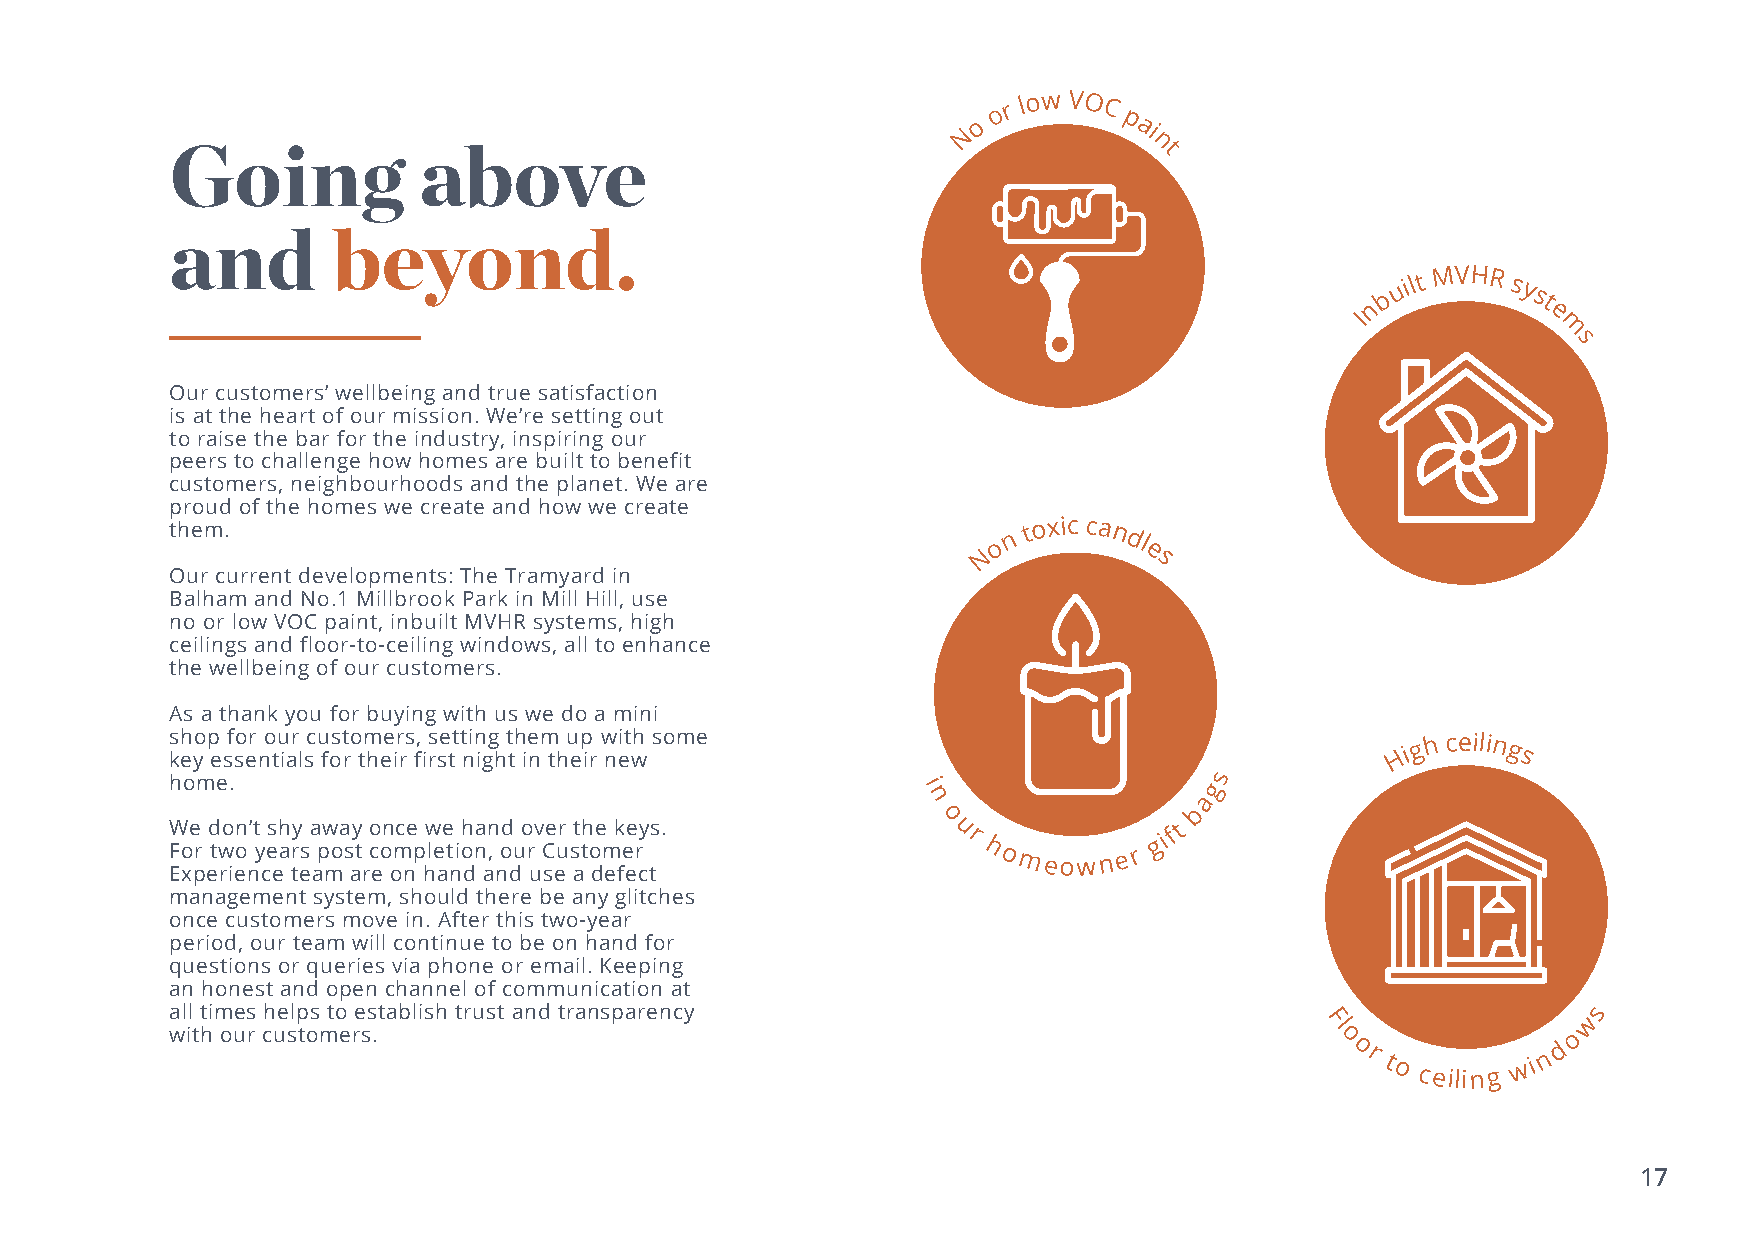
o r
 low VOC
 N o       p ai
 n
 Going            above                                            t
 and        beyond.
 n
 b
 u ilt
 MVHR
 sy
 st
 I           e
 m
 s
 Our customers’ wellbeing and true satisfaction
 is at the heart of our mission. We’re setting out
 to raise the bar for the industry, inspiring our
 peers to challenge how homes are built to benefit
 customers, neighbourhoods and the planet. We are
 proud of the homes we create and how we create
 them.                                                  o n t oxic can dl
 N          e s
 Our current developments: The Tramyard in
 Balham and No.1 Millbrook Park in Mill Hill, use
 no or low VOC paint, inbuilt MVHR systems, high
 ceilings and floor-to-ceiling windows, all to enhance
 the wellbeing of our customers.
 As a thank you for buying with us we do a mini
 s kh eyo p
 e
 sf so er no tu iar
 l
 sc u fost ro tm hee ir rs f, irs se tt t nin igg
 h
 t th ie nm
 th
 u ep
 ir
 w ni et wh some
 H
 ig h ceilings
 home.                                             i                  gs
 n                 ba
 W Foe
 r
 d two on ’t
 y
 esh ary
 s
 a pw oa sy
 t
 o con mce
 p
 w lee
 ti
 oh nan
 ,
 od
 u
 o rv Ce ur st th oe
 m
 k ee ry s.
 o
 u
 r
 h o meown e r
 gift
 Experience team are on hand and use a defect
 management system, should there be any glitches
 once customers move in. After this two-year
 period, our team will continue to be on hand for
 questions or queries via phone or email. Keeping
 an honest and open channel of communication at
 all times helps to establish trust and transparency                                           s
 Fl                w
 with our customers.                                                          o               o
 or
 t o ceiling w i
 n
 d
 17